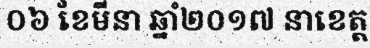
០៦ ខែមីនា ឆ្នាំ២០១៧ នាខេត្ត